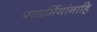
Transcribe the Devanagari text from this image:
परधर्मियांनाहि